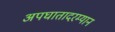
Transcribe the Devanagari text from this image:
अपघातादरम्यान